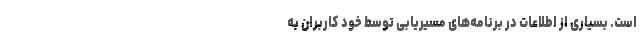
است. بسیاری از اطلاعات در برنامه‌های مسیریابی توسط خود کاربران به